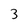
Character: 3